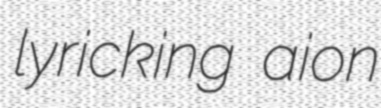
lyricking aion